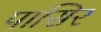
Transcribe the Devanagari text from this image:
पासिर